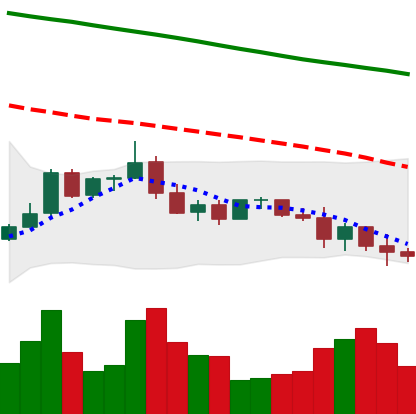
Ticker: ADA-USD
Chart end date: 2022-01-09
Forward return: 9.973%
Label: up_7plus